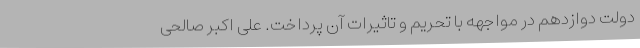
دولت دوازدهم در مواجهه با تحریم و تاثیرات آن پرداخت. علی اکبر صالحی